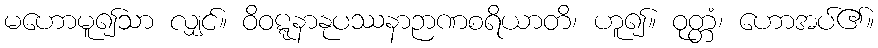
မဟောမူ၍သာ လျှင်။ ဝိဝဋ္ဋနာနုပဿနာဉာဏစရိယာတိ၊ ဟူ၍။ ဝုတ္တံ၊ ဟောအပ်၏။